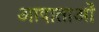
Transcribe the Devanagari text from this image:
आदाताओं